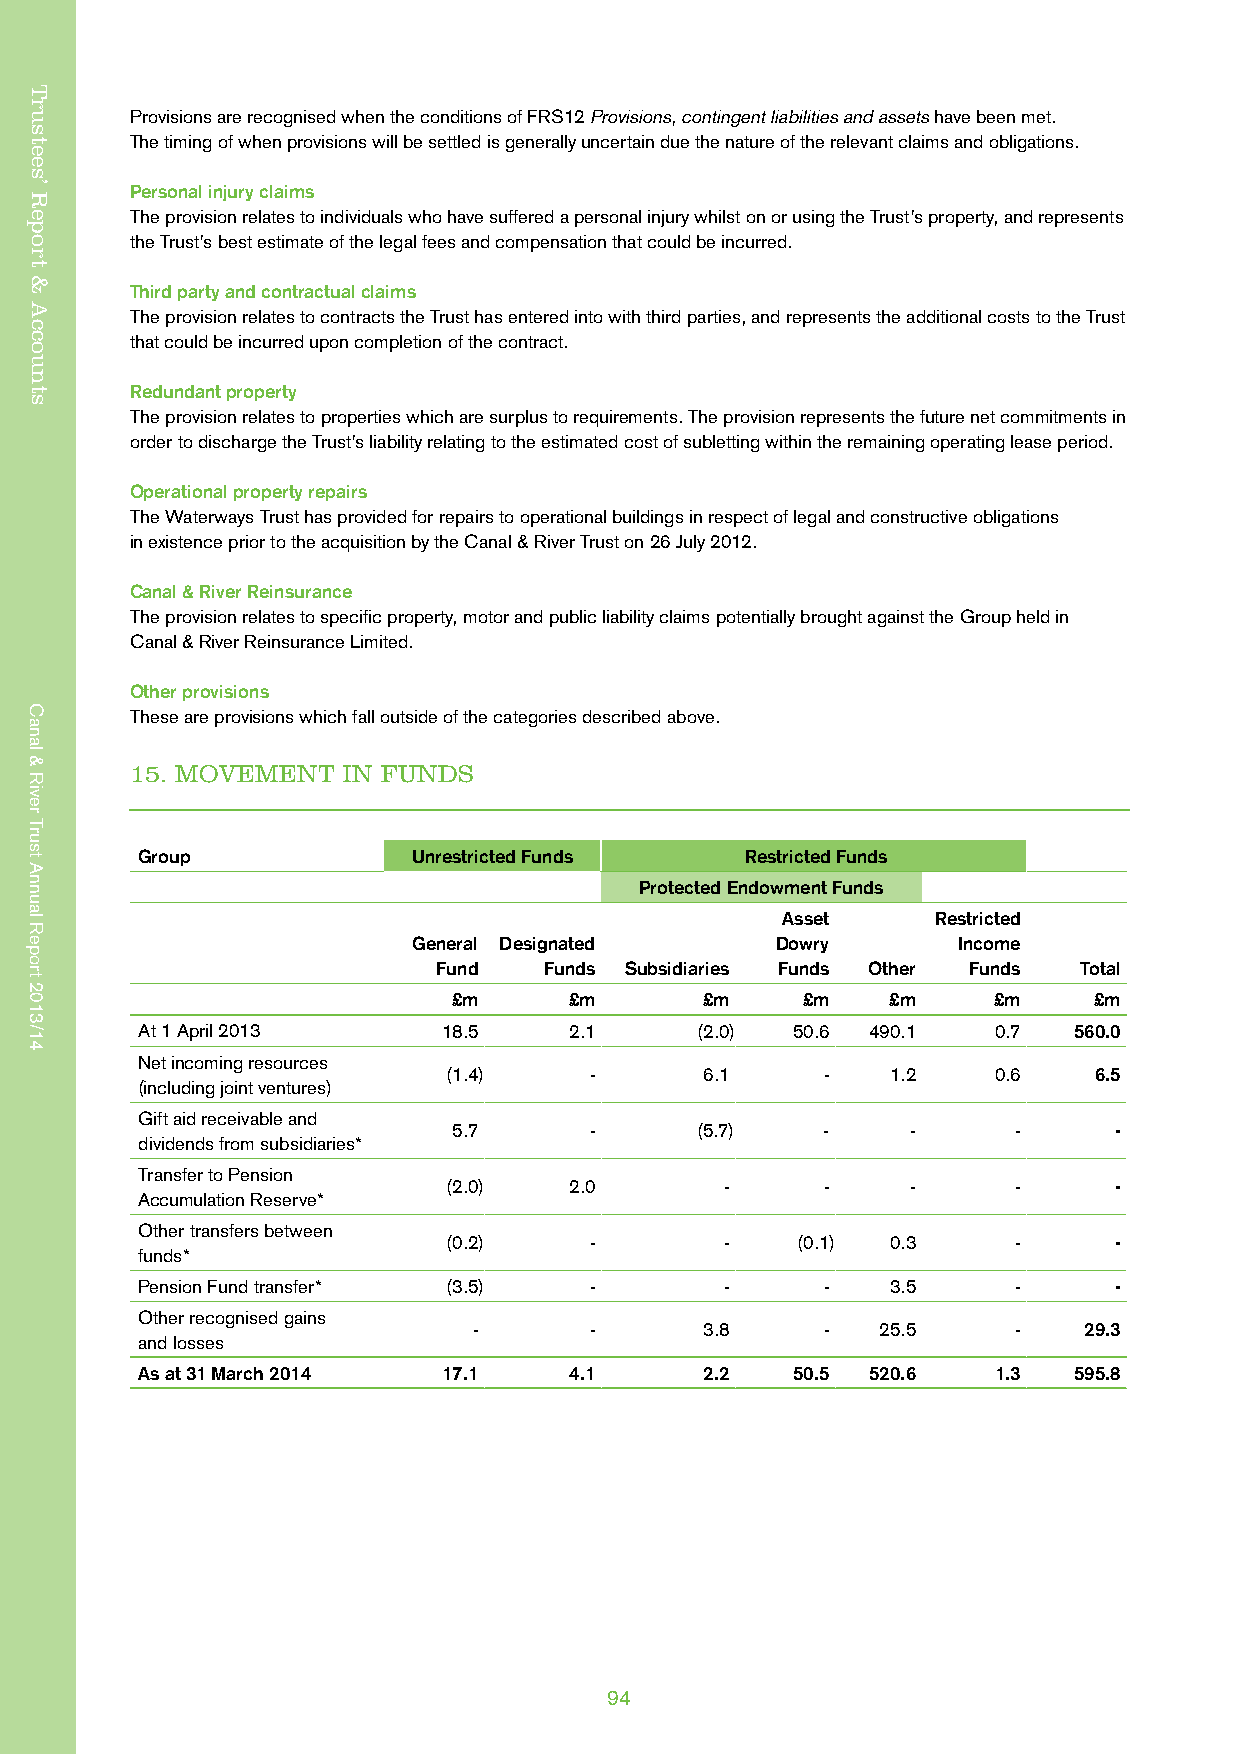
Trustees’ Report & Accounts
 Provisions are recognised when the conditions of FRS12 Provisions, contingent liabilities and assets have been met.
 The timing of when provisions will be settled is generally uncertain due the nature of the relevant claims and obligations.
 Personal injury claims
 The provision relates to individuals who have suffered a personal injury whilst on or using the Trust’s property, and represents
 the Trust’s best estimate of the legal fees and compensation that could be incurred.
 Third party and contractual claims
 The provision relates to contracts the Trust has entered into with third parties, and represents the additional costs to the Trust
 that could be incurred upon completion of the contract.
 Redundant property
 The provision relates to properties which are surplus to requirements. The provision represents the future net commitments in
 order to discharge the Trust’s liability relating to the estimated cost of subletting within the remaining operating lease period.
 Operational property repairs
 The Waterways Trust has provided for repairs to operational buildings in respect of legal and constructive obligations
 in existence prior to the acquisition by the Canal & River Trust on 26 July 2012.
 Canal & River Reinsurance
 The provision relates to specific property, motor and public liability claims potentially brought against the Group held in
 Canal & River Reinsurance Limited.
 Other provisions
 These are provisions which fall outside of the categories described above.
 15. MOVEMENT  IN FUNDS
 Group             Unrestricted Funds    Restricted Funds
 Protected Endowment Funds
 Asset     Restricted
 General Designated      Dowry       Income
 Fund   Funds Subsidiaries Funds Other Funds Total
 £m      £m      £m     £m    £m     £m    £m
 At 1 April 2013     18.5     2.1     (2.0) 50.6 490.1    0.7  560.0
 Net incoming resources
 (1.4)    -       6.1     -   1.2    0.6   6.5
 (including joint ventures)
 Gift aid receivable and
 5.7      -      (5.7)    -    -      -      -
 dividends from subsidiaries*
 Transfer to Pension
 (2.0)   2.0       -      -    -      -      -
 Accumulation Reserve*
 Other transfers between
 (0.2)    -        -    (0.1) 0.3     -      -
 funds*
 Pension Fund transfer* (3.5)  -        -      -   3.5     -      -
 Other recognised gains
 -       -       3.8     -  25.5     -    29.3
 and losses
 As at 31 March 2014 17.1     4.1      2.2  50.5 520.6    1.3  595.8
 94
 Trustees’
 Report
 &
 Accounts
 Canal
 &
 River
 Trust
 Annual
 Report
 2013/14
 Canal
 &
 River
 Trust
 Annual
 Report
 2013/14